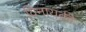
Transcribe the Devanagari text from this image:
विनायकी